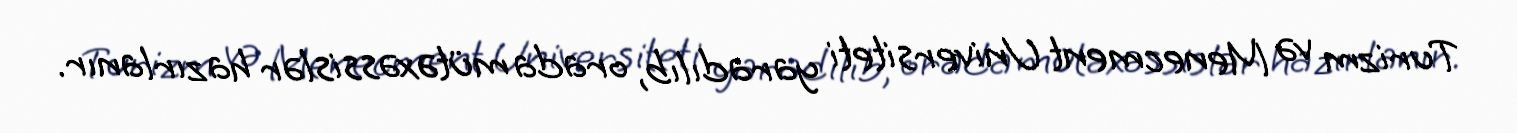
Turizm və Menecment Universiteti yaradılıb, orada mütəxəssislər hazırlanır.